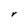
Character: r